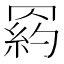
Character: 𦋩